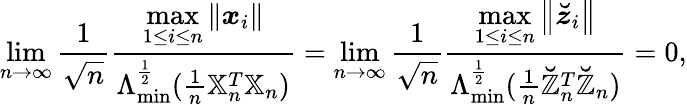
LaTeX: \operatorname*{lim}_{n\rightarrow\infty}\frac{1}{\sqrt{n}}\frac{\underset{1\leq i\leq n}{\operatorname*{max}}\left\Vert\boldsymbol{x}_{i}\right\Vert}{\Lambda_{\operatorname*{min}}^{\frac{1}{2}}(\frac{1}{n}\mathbb{X}_{n}^{T}\mathbb{X}_{n})}=\operatorname*{lim}_{n\rightarrow\infty}\frac{1}{\sqrt{n}}\frac{\underset{1\leq i\leq n}{\operatorname*{max}}\left\Vert\boldsymbol{\breve{z}}_{i}\right\Vert}{\Lambda_{\operatorname*{min}}^{\frac{1}{2}}(\frac{1}{n}\mathbb{\breve{Z}}_{n}^{T}\mathbb{\breve{Z}}_{n})}=0,